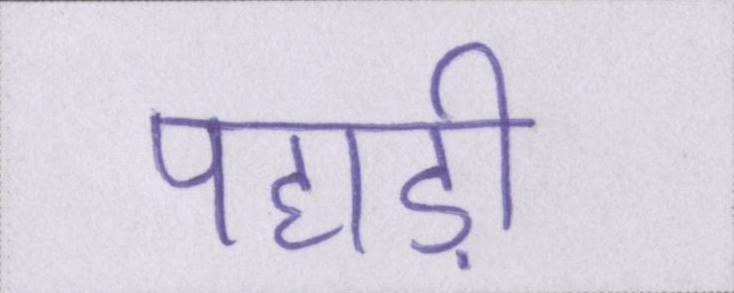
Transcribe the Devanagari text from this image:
पहाड़ी